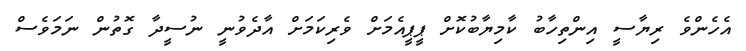
އެހެންވެ ރިޔާސީ އިންތިހާބު ކާމިޔާބުކޮށް ޕީޕީއެމަށް ވެރިކަމަށް އާދެވުނީ ނުސީދާ ގޮތުން ނަމަވެސް